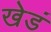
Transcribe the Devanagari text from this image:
खेडं